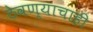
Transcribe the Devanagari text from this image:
ठेवण्याचाही